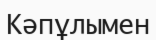
Кәпұлымен